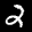
Label: 2